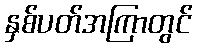
နှစ်ပတ်အကြာတွင်